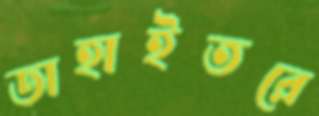
ডাহাইতরে